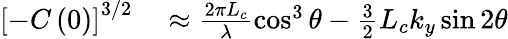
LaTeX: \begin{array}{rl}{\left[-C\left(0\right)\right]^{3/2}}&{{}\approx\frac{2\pi L_{c}}{\lambda}\cos^{3}\theta-\frac{3}{2}L_{c}k_{y}\sin 2\theta}\end{array}